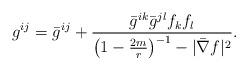
LaTeX: \begin{align*}g^{ij} = \bar{g}^{ij} + \frac{ \bar{g}^{ik} \bar{g}^{jl} f_k f_l} {\left( 1 - \frac{2m}{r} \right)^{-1} - |\bar{\nabla} f|^2}.\end{align*}